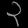
Digit: ၃